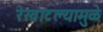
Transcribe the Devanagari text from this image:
रेखाटल्यामुळे